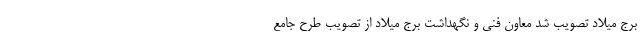
برج میلاد تصویب شد معاون فنی و نگهداشت برج میلاد از تصویب طرح جامع